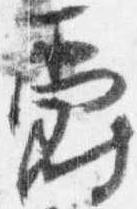
爵